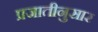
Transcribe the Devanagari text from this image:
प्रजातीनुसार